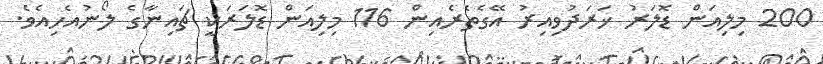
200 މިލިއަން ޑޮލަރު ޚަރަދުވިއިރު އޭގެތެރެއިން 116 މިލިއަން ޑޮލަރަކީ ޗައިނާގެ ލޯނުއެހިއެވެ.